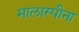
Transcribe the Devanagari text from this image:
मालास्पीना